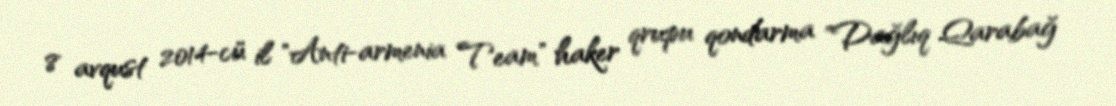
8 avqust 2014-cü il "Anti-armenia Team" haker qrupu qondarma "Dağlıq Qarabağ